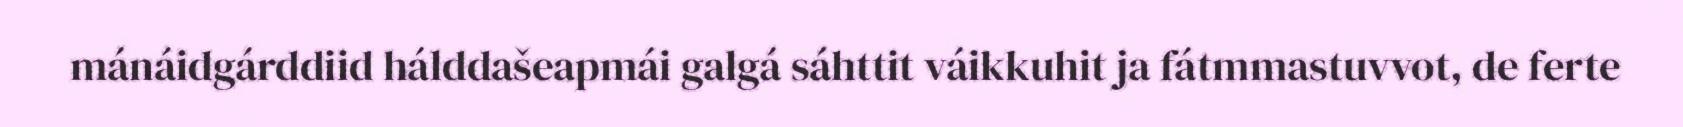
mánáidgárddiid hálddašeapmái galgá sáhttit váikkuhit ja fátmmastuvvot, de ferte